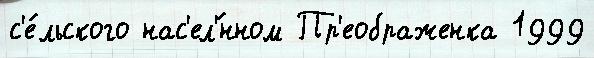
с'е́льского нас'ел'́нном Пр'еображенка 1999